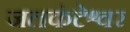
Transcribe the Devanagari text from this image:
जलकंटेश्वर